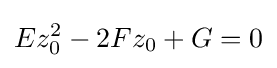
Ez_{0}^{2}-2Fz_{0}+G=0